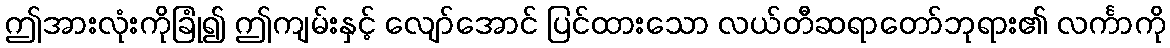
ဤအားလုံးကိုခြုံ၍ ဤကျမ်းနှင့် လျော်အောင် ပြင်ထားသော လယ်တီဆရာတော်ဘုရား၏ လင်္ကာကို